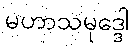
မဟာသမုဒ္ဒေါ